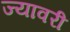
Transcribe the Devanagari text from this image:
ज्यावरी